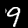
Digit: 9